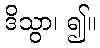
ဒိသွာ၊ ၍။